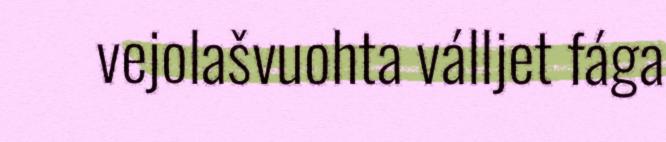
vejolašvuohta válljet fága